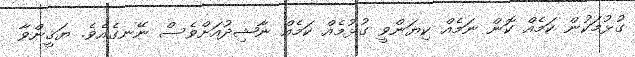
ގުޅުމަކުން ކަމެއް ކޮން ނަމެއް ކިޔަންވީ ގުޅުމެއް ކަމެއް ނާޝިދުއަށްވެސް ނޭނގެއެވެ. ޔަޤީންވާ